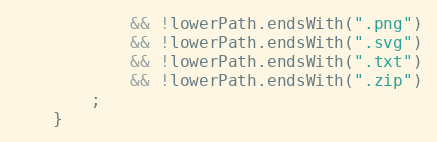
Language: Java
			&& !lowerPath.endsWith(".png")
			&& !lowerPath.endsWith(".svg")
			&& !lowerPath.endsWith(".txt")
			&& !lowerPath.endsWith(".zip")
		;
	}